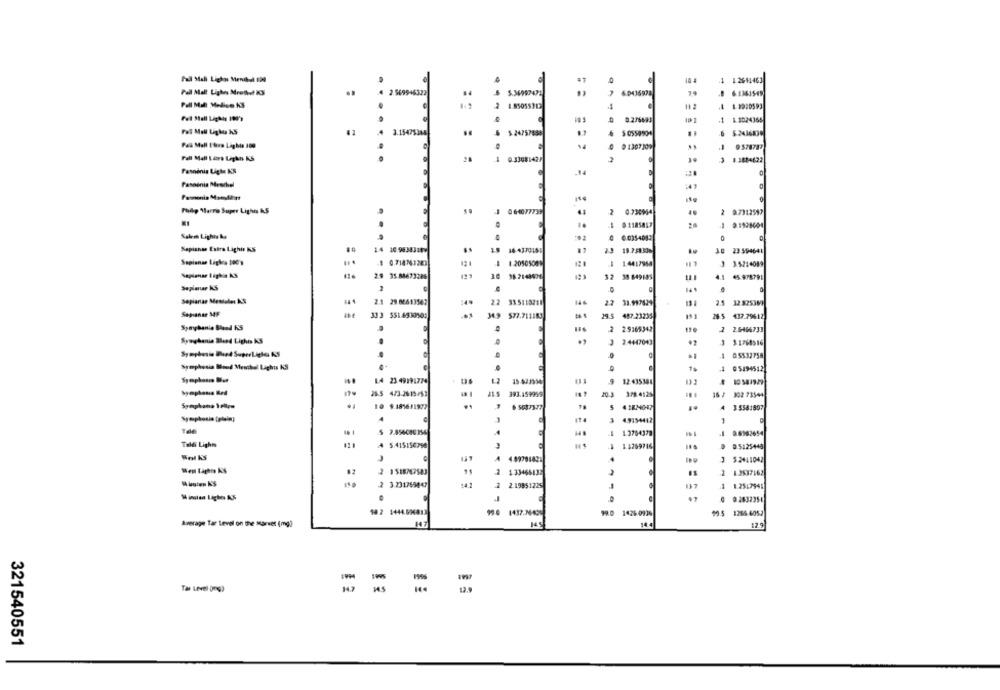
Fall Stahl Lighas Mendal 120
10 a
1 1.2641463
2.569946322
..
Pall Mall Medien KS
1.85055312
1.2024365
3.15475345
$ 2475788
sesso
Pas Mall Efira Lights 109
Pall Mall Lära Lighas KS
0.33081427
3 1.3884622
28
Fasninis Liglu KOS
TITT
14
Palp Merre Super Ligho KS
4 06107773
2
0.730964
..
2 0.7312597
$ 5.1185857
-
Salem Lights la
0.035-4083
Sepiense Estra Lighi KS
14 10.9434310Y
2.3 19.7.5830%
3.0 23 594641
Sapianse Ligles 100 y
.1 0.714761243
2050500
J 3.5214089
Sapimnar High AS
2.9 35.04673286
121
32 38 849185
4.1 45.97879:
Sepleur KS
Sepianar Mentaler AS
2.1 29.06613567
22
33.5:18211
27 31.999829
2.5 12 825380
Sepiante MF
333 551.4530505
34.9 577.711183
29.5 487.23235
153
26.5 417.79612
Symphonie Bland KS
2 29365342
2 2.6464733
Symphonie and Lighis KS
.,
3 2.4447043
-
1 0.5532758
Symphonia ISoud Menthol Lights KS
1 05194512
LA 23 49191774
12 435386
36.5 4/3-2615/52
21.5 393.159999
20.3 3.78.4125
16 / 302 73544
10 9.1816/1972
A 3 5541897
Symphonie (plain)
4.9154412
1 1.3764379
.1 96982654
Taldi Light
5.415:56798
1.4269716
05125448
Well KS
A 4 8978443
J 5.2411042
2
2 1.33466132
2
2 1.3537.62
2 3.231759447
54.2
2 2.19851225
137
3 1.2517941
0 9.2832351
990 1437.MA09
99.0 1426:0936
$0 5 1266.6052
Average Tar Level on the Market (mg)
M45
Tas Level (mg)
=
321540551